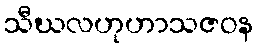
သီဃလဟုဟာသဇဝန